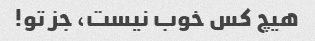
هیچ کس خوب نیست، جز تو!